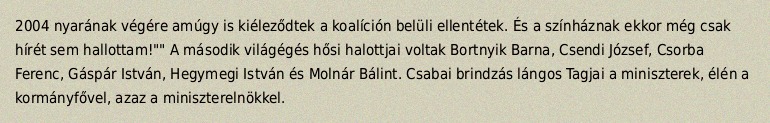
2004 nyarának végére amúgy is kiéleződtek a koalíción belüli ellentétek. És a színháznak ekkor még csak hírét sem hallottam!"" A második világégés hősi halottjai voltak Bortnyik Barna, Csendi József, Csorba Ferenc, Gáspár István, Hegymegi István és Molnár Bálint. Csabai brindzás lángos Tagjai a miniszterek, élén a kormányfővel, azaz a miniszterelnökkel.